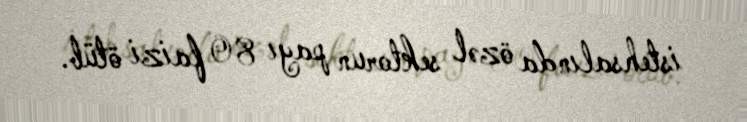
istehsalında özəl sektorun payı 80 faizi ötüb.